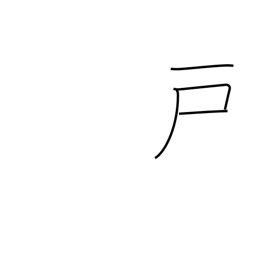
Meaning: door